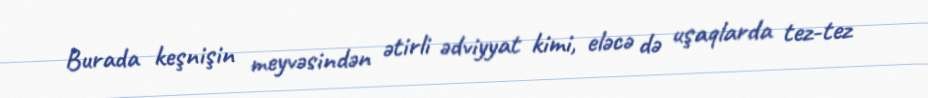
Burada keşnişin meyvəsindən ətirli ədviyyat kimi, eləcə də uşaqlarda tez-tez